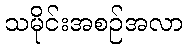
သမိုင်းအစဉ်အလာ